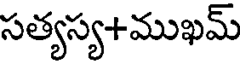
సత్యస్య+ముఖమ్